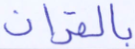
بالقرآن